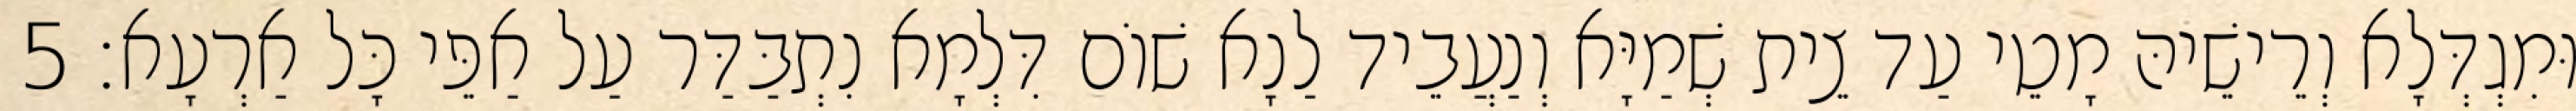
וּמִגְדְּלָא וְרֵישֵׁיהּ מָטֵי עַד צֵית שְׁמַיָּא וְנַעֲבֵיד לַנָא שׁוֹם דִּלְמָא נִתְבַּדַּר עַל אַפֵּי כָּל אַרְעָא׃ 5